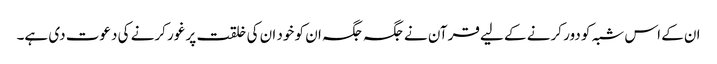
ان کے اس شبہ کو دور کرنے کے لیے قرآن نے جگہ جگہ ان کو خود ان کی خلقت پر غور کرنے کی دعوت دی ہے۔